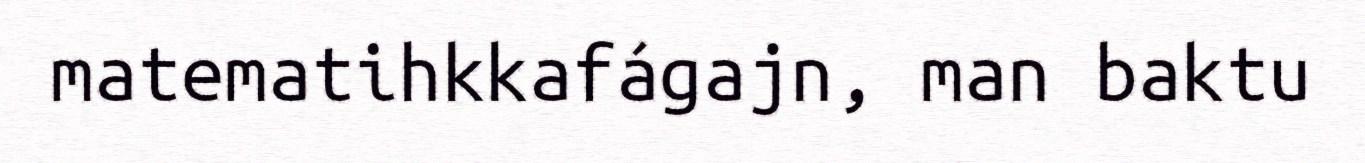
matematihkkafágajn, man baktu